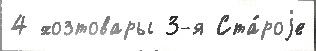
4 хозтовары 3-я Ста́роjе